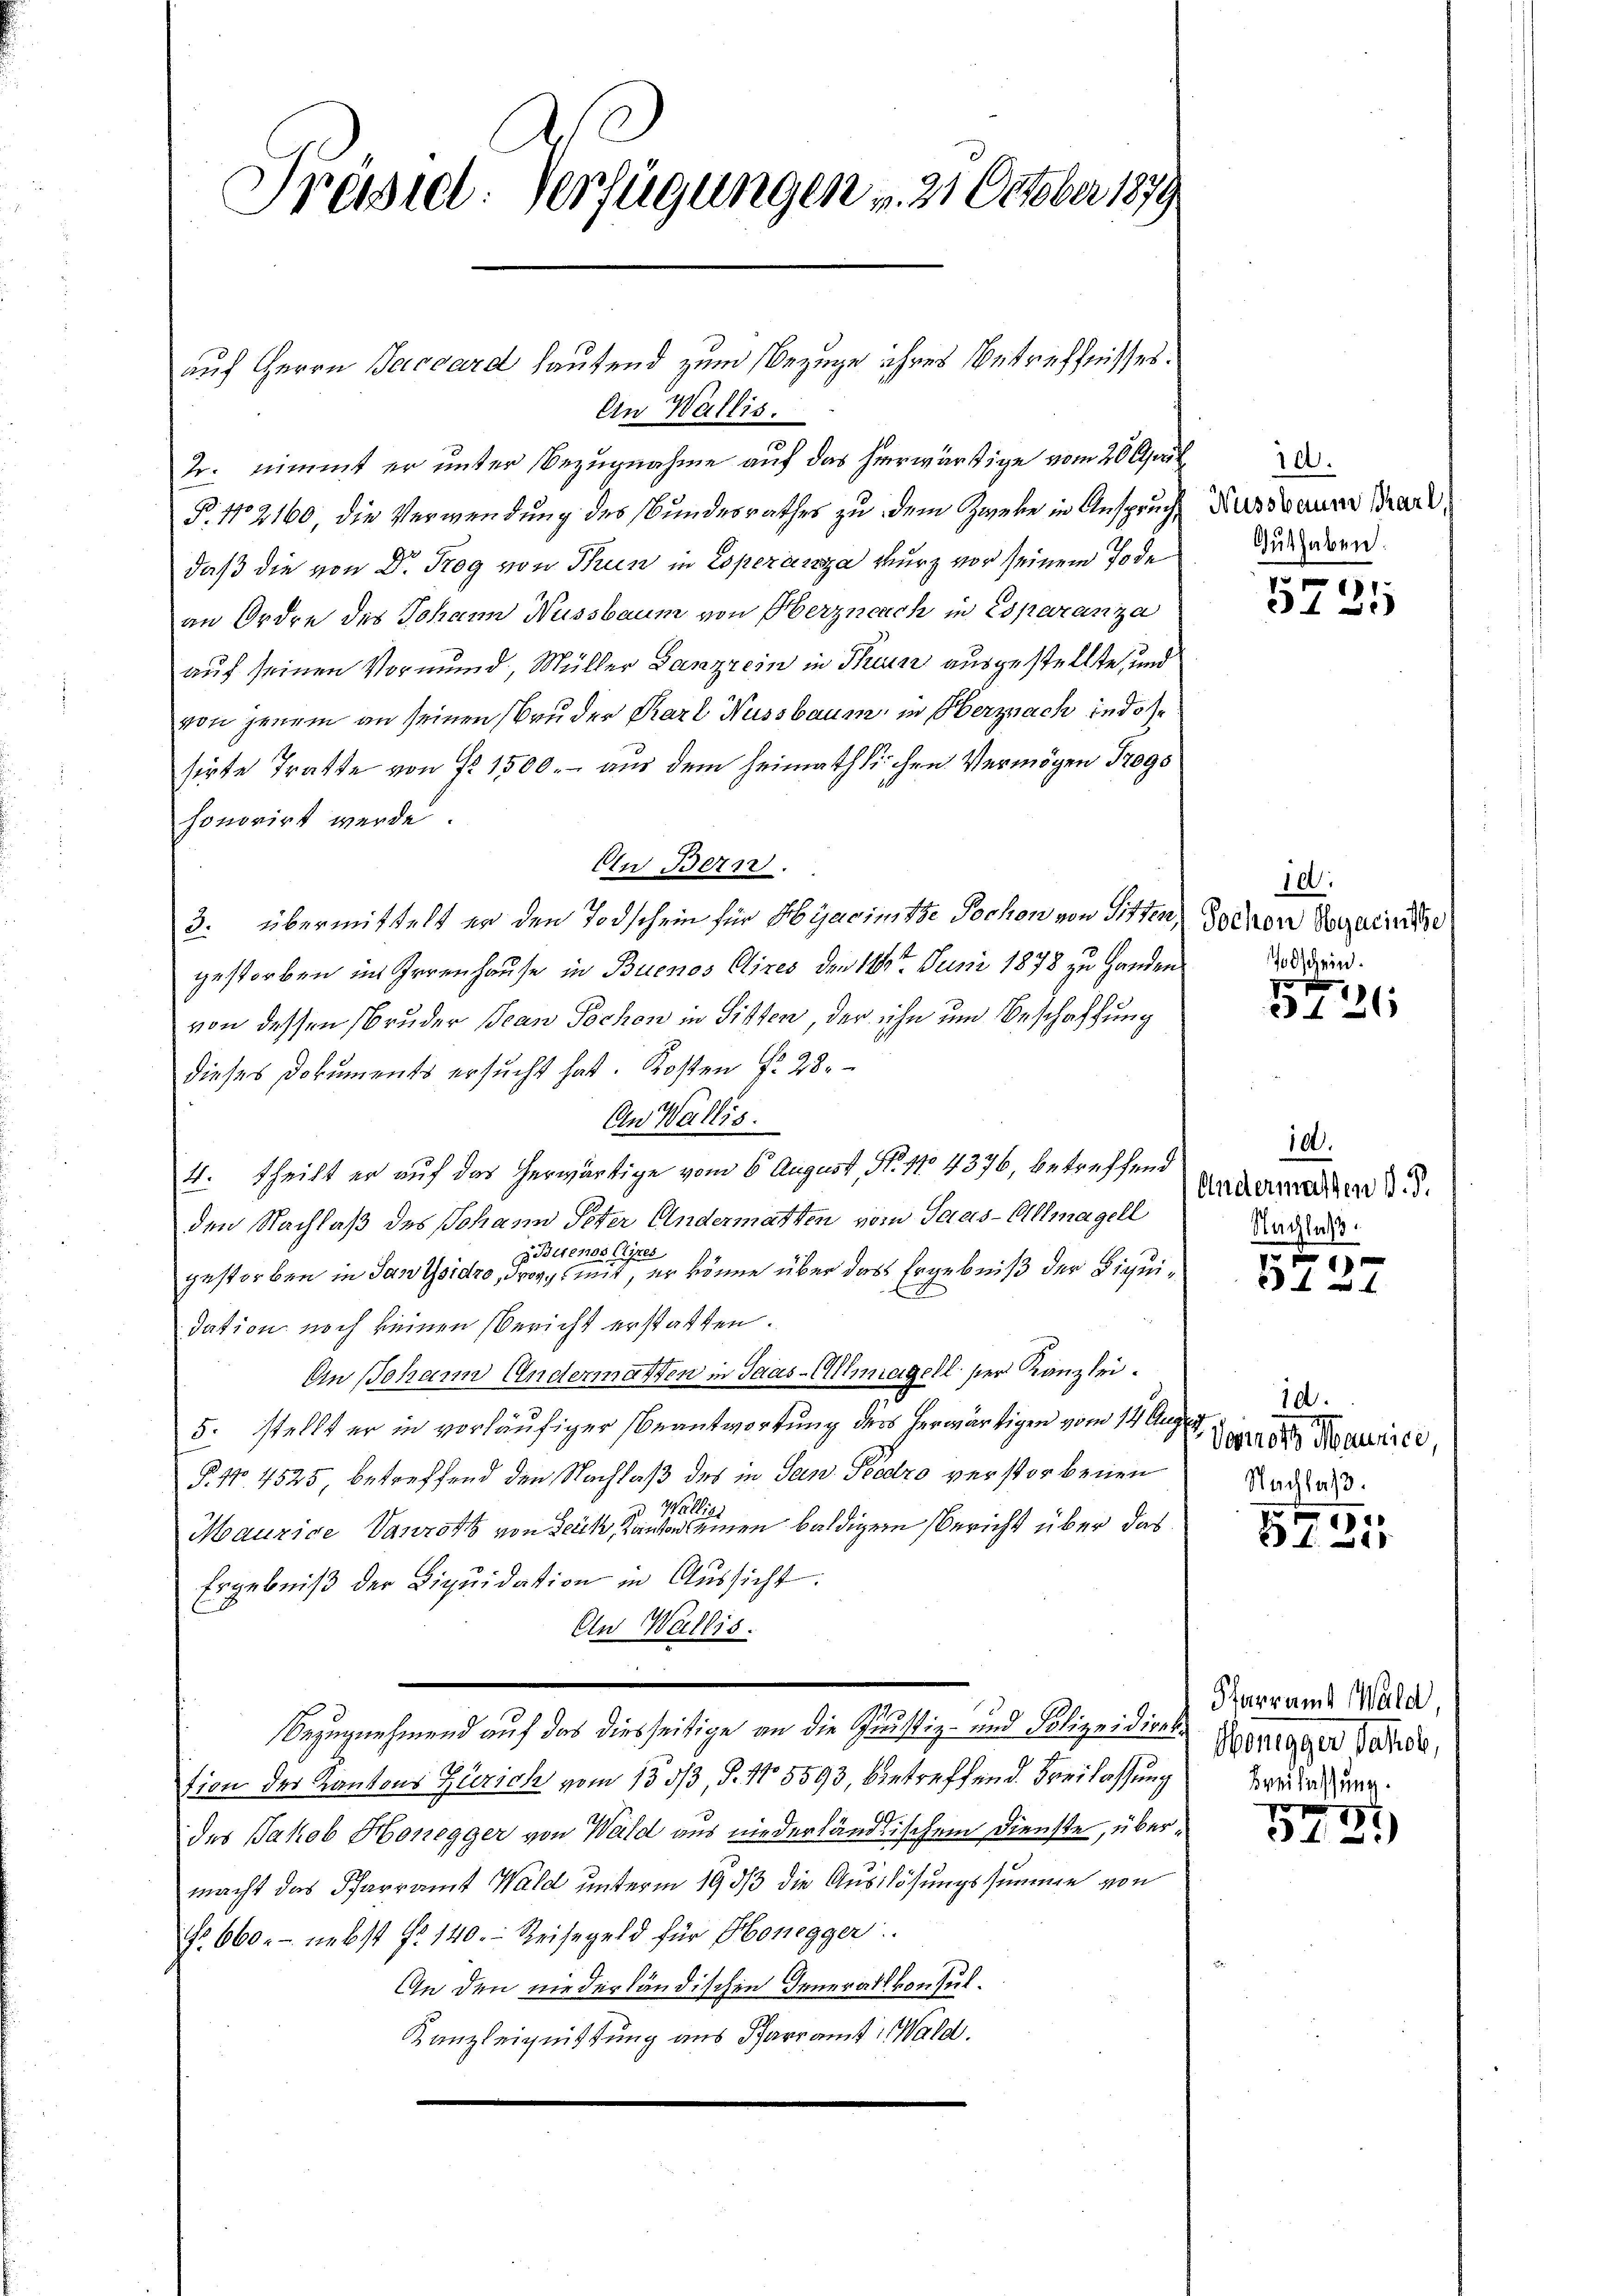
Präsid. Verfügungen v. 21. October 1879

auf Herrn Baccard haufend zum Bezuge ihres Betreffnisses.
An Wallis.
d. nimmt er unter Bezugnahme auf das herwärtige vom 20. April
P. No 2160, die Verwendung des Bundesrathes zu dem Zweke in Anspruch,
daß die von Dr. Trog von Thun in Coperarsza kurz vor seinem Tode
an Ordre des Johann Nussbaum von Oberzneuch in Esparanza
auf seinen Vormund, Müller Lanzzein in Tuinz ausgestellte, und
von jenem an seinen Bruder Karl Nussbaum, in Obernach in des
sirte Tratte von Fr. 1500.- aus dem Heimathlichen Vermögen Tags
honorirt werde.
An Bern.
3. übermittelt er den Todschein für Hÿacimte Tochon von Sitter, Jochen Vorzurinitze
gestorben im Irrenhause in Buenos Aires den 12t Juni 1878 zu Handen
von dessen Bruder Jean Pochen in Sitten, der ihn und Beschaffung
dieses Dokuments ersucht hat. Kosten f. 28.
An Wallis.
4. theilt er auf das herwärtige vom 6 August, N. 110 4376, betreffend
den Nachlaß des Johann Peter Andermatten vom Saus-Allmagell
Billends Aires
gestorben in Janisidro, doch mit, er könne über das Ergebniß der Liquidation noch keinen Bericht erstatten.
An Johann Andermatten in Saas-Allmagell ser Kanzlei.
5. stellt er in vorläufiger Beantwortung ders herwärtigen vom 14. Augu
§. No 4525 betreffend den Nachlaß des in Jan. Peedro verstorbenen
 Wallisi
Maurige Vaurst von Teich, Kanton einen baldigem Bericht über das
Ergebniß der Liquidation in Aussicht:
An Wallis.
Bezugnehmend auf das diesseitige an die Justiz- und Polizeidirektion des Kantons Zürich vom 1533, S. No 5593, betreffend Freilassung Bedingung
des Jakob Honegger von Wald aus niederländtischem Dienste, übermacht das Pfarramt Wald unterm 19. dβ die Auslösungssumme von
No. 660.- nebst fr. 140. Reisegeld für Honegger
An den niederländischen Generalkonsul¬
Kanzleignissung aus Pfarramt Wald.

10.
Nussbaum Karl,
Guthaben.

1
 xx

10:
Todschein.

d
126

100.
Andermassen d. J.
Nachlaß.

13 f 0 x

10.
Verrots Maurice,
Nachlaß.

2
1285

Starramt Wald
Honigger Jakob,

5